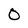
Character: 0